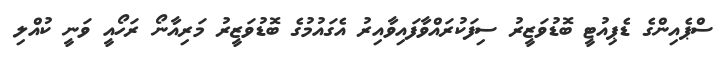
ސްޕެއިންގެ ޑެޕިއުޓީ ބޮޑުވަޒީރު ސިފަކުރައްވާފައިވާއިރު އެގައުމުގެ ބޮޑުވަޒީރު މަރިއާނޯ ރަހޯއީ ވަނީ ކުއްލި